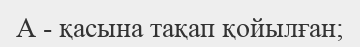
А - қасына тақап қойылған;